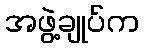
အဖွဲ့ချုပ်က